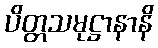
ပိတ္တသမုဋ္ဌာနာနိ